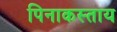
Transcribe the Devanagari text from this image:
पिनाकस्ताय